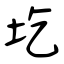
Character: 圪